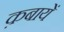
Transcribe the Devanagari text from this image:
क़बायें